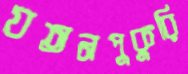
যতনপুকুরি